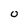
Character: 0